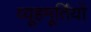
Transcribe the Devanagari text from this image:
व्यूहमूर्तियों